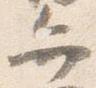
弁